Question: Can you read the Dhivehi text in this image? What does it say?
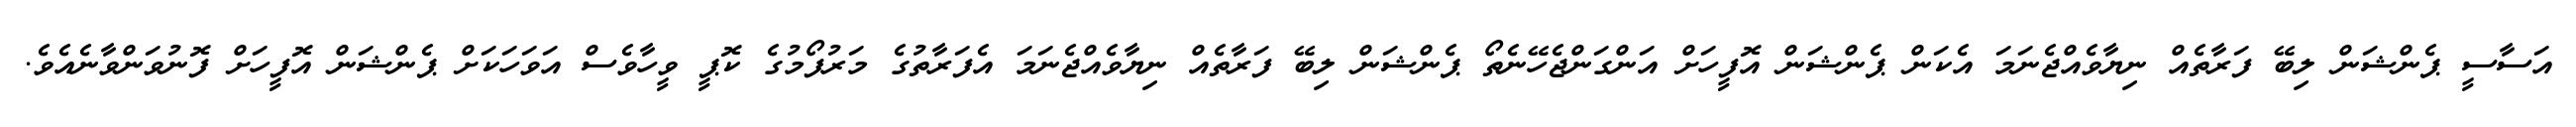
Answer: އަސާސީ ޕެންޝަން ލިބޭ ފަރާތެއް ނިޔާވެއްޖެނަމަ އެކަން ޕެންޝަން އޮފީހަށް އަންގަންޖެހޭނެތޯ ޕެންޝަން ލިބޭ ފަރާތެއް ނިޔާވެއްޖެނަމަ އެފަރާތުގެ މަރުފޯމުގެ ކޮޕީ ވީހާވެސް އަވަހަކަށް ޕެންޝަން އޮފީހަށް ފޮނުވަންވާނެއެވެ.